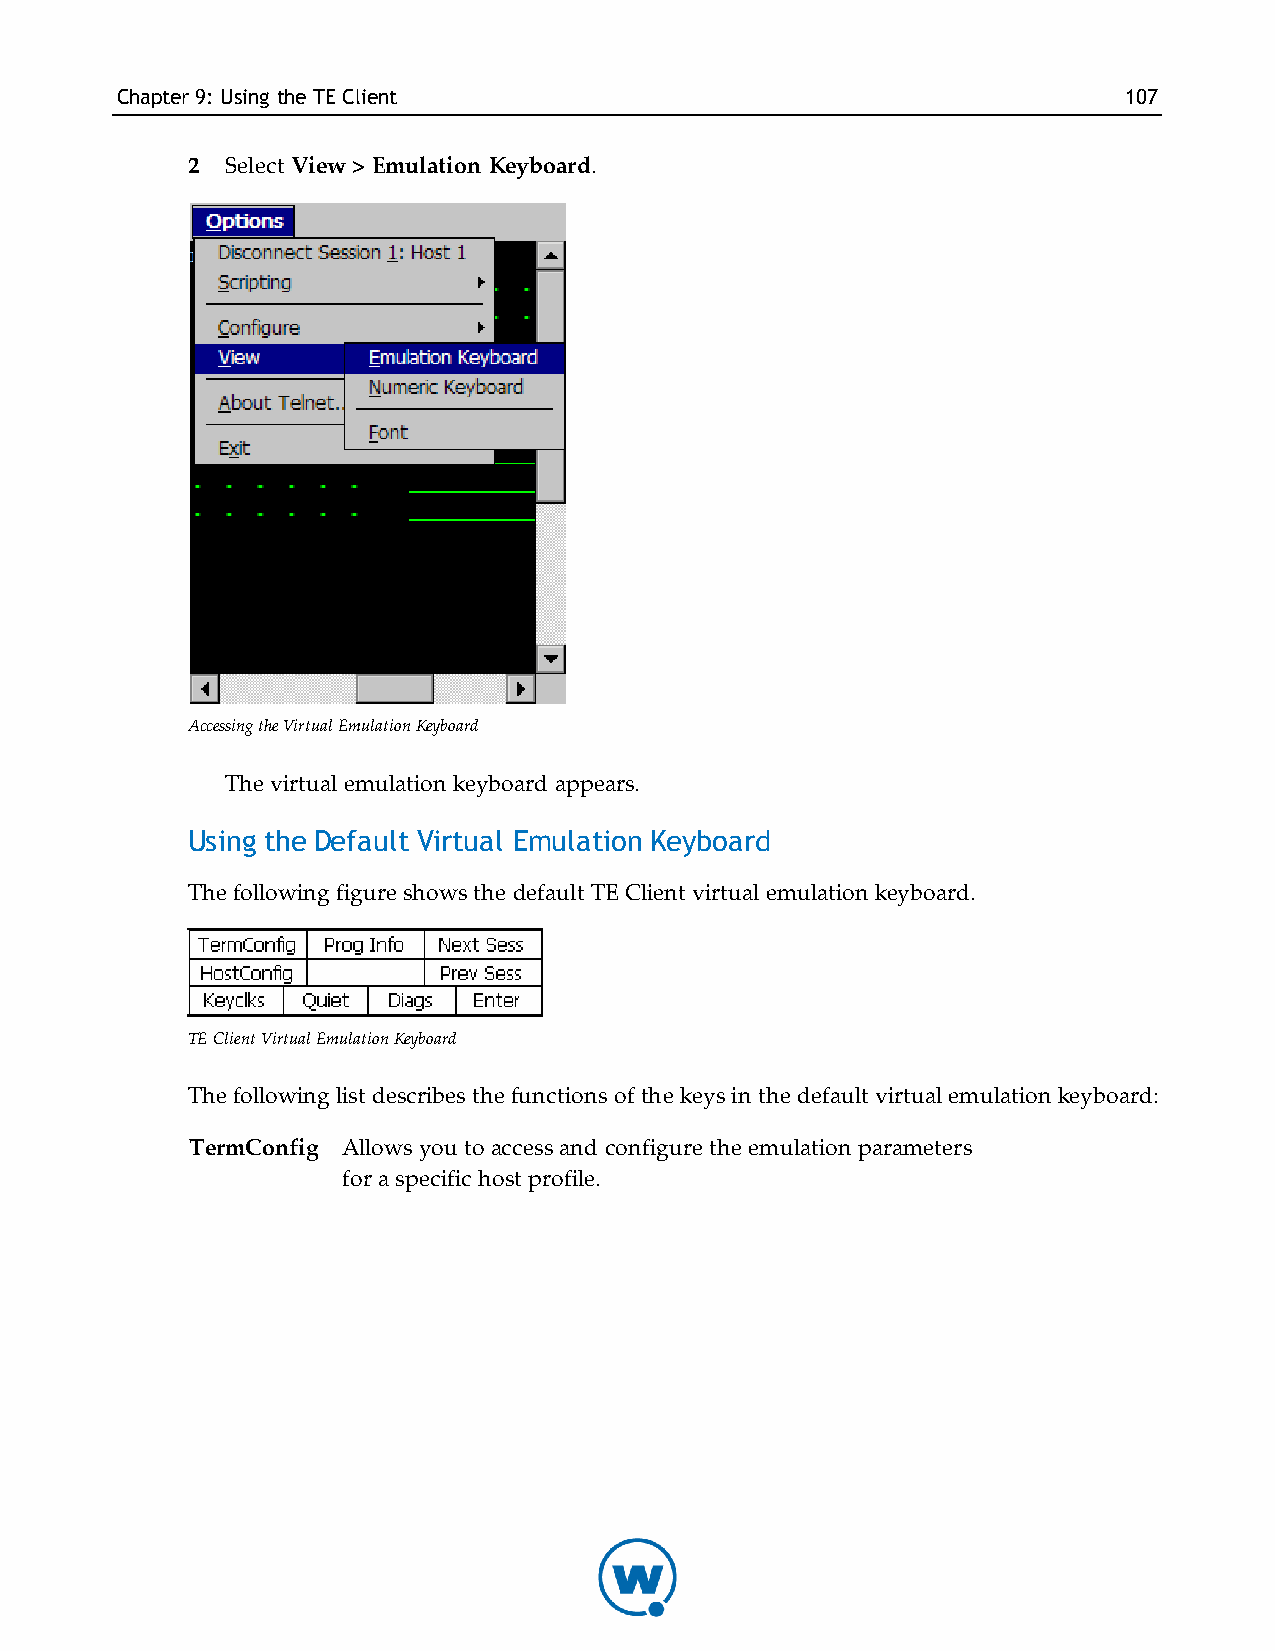
Chapter9: Using theTE Client                                      107
 2  Select View > Emulation Keyboard.
 Accessing the Virtual Emulation Keyboard
 The virtual emulation keyboard appears.
 Using the Default Virtual Emulation Keyboard
 The following figure shows the default TE Client virtual emulation keyboard.
 TE Client Virtual Emulation Keyboard
 The following list describes the functions of the keys in the default virtual emulation keyboard:
 TermConfig Allows you to access and configure the emulation parameters
 for a specific host profile.